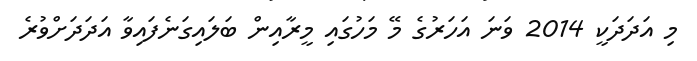
މި އަދަދަކީ 2014 ވަނަ އަހަރުގެ މޭ މަހުގައި މީރާއިން ބަލައިގަނެފައިވާ އަދަދަށްވުރެ